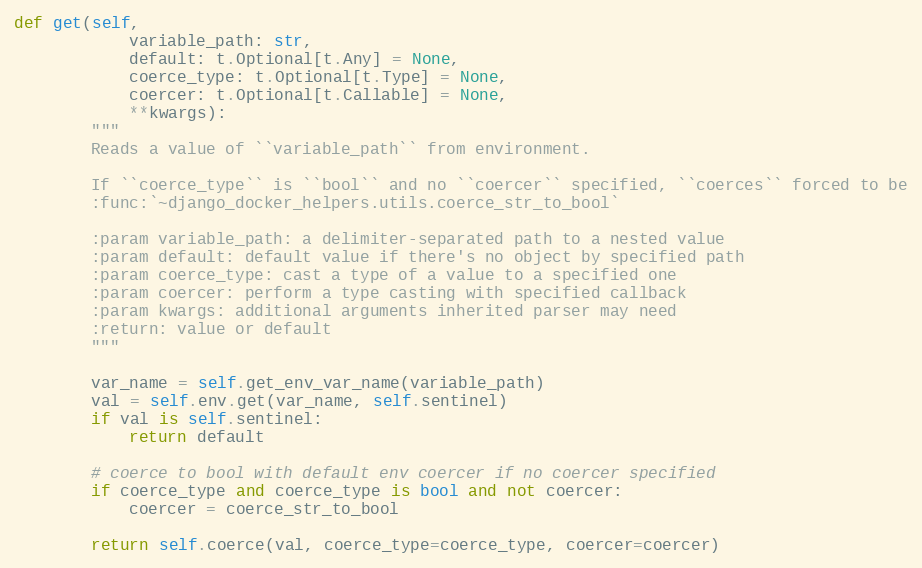
Language: Python
def get(self,
            variable_path: str,
            default: t.Optional[t.Any] = None,
            coerce_type: t.Optional[t.Type] = None,
            coercer: t.Optional[t.Callable] = None,
            **kwargs):
        """
        Reads a value of ``variable_path`` from environment.

        If ``coerce_type`` is ``bool`` and no ``coercer`` specified, ``coerces`` forced to be
        :func:`~django_docker_helpers.utils.coerce_str_to_bool`

        :param variable_path: a delimiter-separated path to a nested value
        :param default: default value if there's no object by specified path
        :param coerce_type: cast a type of a value to a specified one
        :param coercer: perform a type casting with specified callback
        :param kwargs: additional arguments inherited parser may need
        :return: value or default
        """

        var_name = self.get_env_var_name(variable_path)
        val = self.env.get(var_name, self.sentinel)
        if val is self.sentinel:
            return default

        # coerce to bool with default env coercer if no coercer specified
        if coerce_type and coerce_type is bool and not coercer:
            coercer = coerce_str_to_bool

        return self.coerce(val, coerce_type=coerce_type, coercer=coercer)